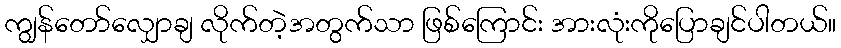
ကျွန်တော်လျှောချ လိုက်တဲ့အတွက်သာ ဖြစ်ကြောင်း အားလုံးကိုပြောချင်ပါတယ်။